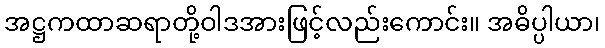
အဋ္ဌကထာဆရာတို့ဝါဒအားဖြင့်လည်းကောင်း။ အဓိပ္ပါယာ၊